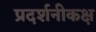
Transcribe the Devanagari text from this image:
प्रदर्शनीकक्ष